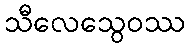
သီလေသွေဝဿ